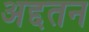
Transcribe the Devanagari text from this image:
अद्दतन